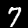
Digit: 7